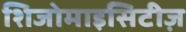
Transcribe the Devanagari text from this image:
शिजोमाइसिटीज़